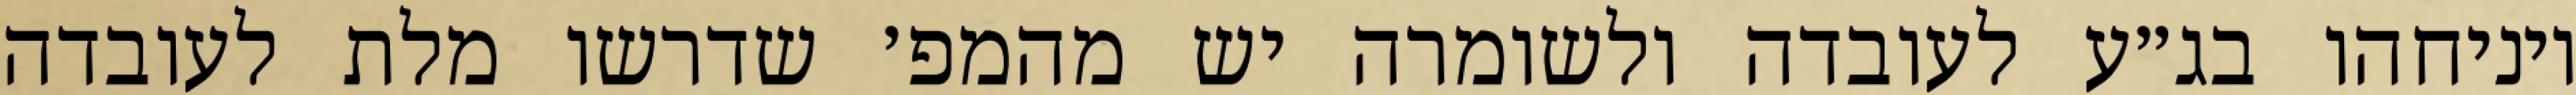
ויניחהו בג״ע לעובדה ולשומרה יש מהמפ׳ שדרשו מלת לעובדה